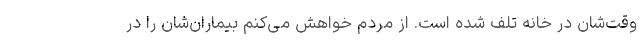
وقت‌شان در خانه تلف شده است. از مردم خواهش می‌کنم بیماران‌شان را در